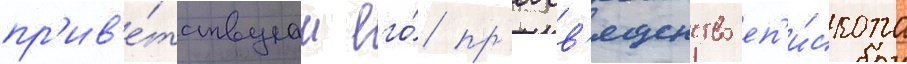
пр'ив'е́тствуем его́ пр'еосв'ященство еп'и́скопа